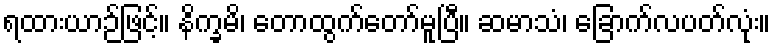
ရထားယာဉ်ဖြင့်။ နိက္ခမိ၊ တောထွက်တော်မူပြီ။ ဆမာသံ၊ ခြောက်လပတ်လုံး။